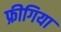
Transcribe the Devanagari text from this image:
फ्रीगिया